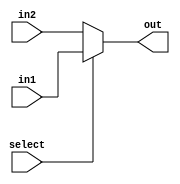
`timescale 1ns / 1ps
//////////////////////////////////////////////////////////////////////////////////
// Company: 
// Engineer: 
// 
// Design Name: 
// Module Name: 2to1Mux
// Project Name: 
// Target Devices: 
// Tool Versions: 
// Description: 
// 
// Dependencies: 
// 
// Revision:
// Revision 0.01 - File Created
// Additional Comments:
// 
//////////////////////////////////////////////////////////////////////////////////


module Mux2to1(out, in1, in2, select);
    parameter N = 16;
    input       [N-1:0] in1, in2;
    input               select;
    output      [N-1:0] out;
    
    assign out = select ? in1 : in2;
endmodule